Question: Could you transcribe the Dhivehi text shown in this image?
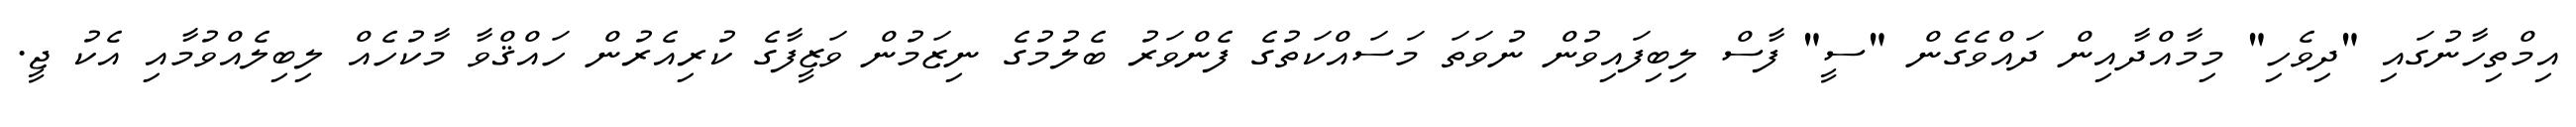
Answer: އިމްތިހާނުގައި "ދިވެހި" މިމާއްދާއިން ދައްވެގެން "ސީ" ފާސް ލިބިފައިވުން ނުވަތަ މަސައްކަތުގެ ފެންވަރު ބެލުމުގެ ނިޒަމުން ވަޒީފާގެ ކުރިއެރުން ހައްޤްވާ މާކުހެއް ލިބިލެއްވުމާއި އެކު ޖީ.